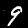
Label: 9